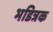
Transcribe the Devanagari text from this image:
भडित्रक